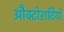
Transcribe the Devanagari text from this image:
औक्टोराटियो